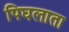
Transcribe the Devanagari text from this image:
पिघलाता